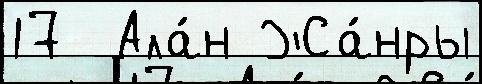
17  Ала́н Жа́нры